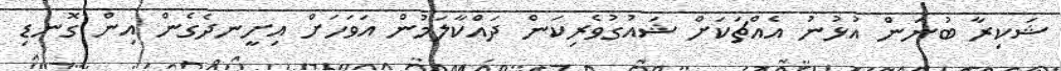
ޝަކިރާ ބުނަން އުޅުނު އެއްޗަކަށް ޝައުގުވެރިކަން ދައްކާލަމުން އަވަހަށް އިށީނދެގެން އިން ގޮނޑި